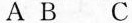
A B C